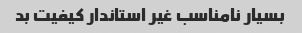
بسیار نامناسب غیر استاندار کیفیت بد